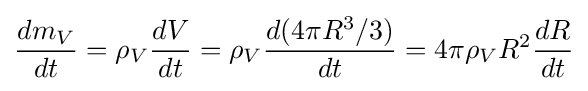
{\frac {dm_{V}}{dt}}=\rho _{V}{\frac {dV}{dt}}=\rho _{V}{\frac {d(4\pi R^{3}/3)}{dt}}=4\pi \rho _{V}R^{2}{\frac {dR}{dt}}